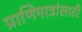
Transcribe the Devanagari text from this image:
प्राणिमात्रांसाठी